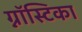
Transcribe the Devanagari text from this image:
ग्नॉस्टिका